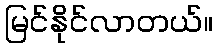
မြင်နိုင်လာတယ်။